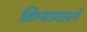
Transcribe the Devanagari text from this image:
क्रियावाले